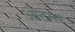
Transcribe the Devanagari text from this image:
ओटमर